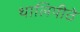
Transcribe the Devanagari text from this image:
थालिपीठे